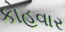
કોહવાર